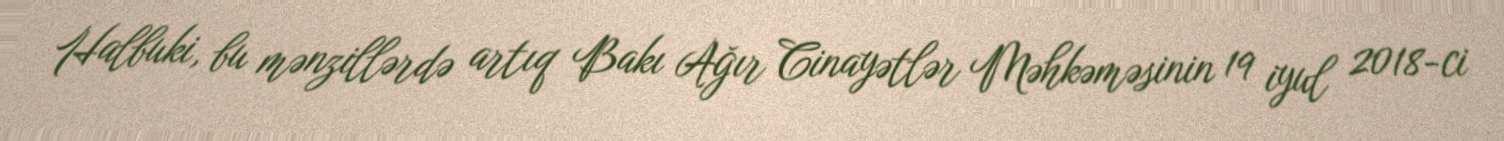
Halbuki, bu mənzillərdə artıq Bakı Ağır Cinayətlər Məhkəməsinin 19 iyul 2018-ci